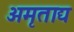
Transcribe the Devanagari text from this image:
अमृताद्य